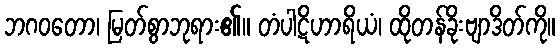
ဘဂဝတော၊ မြတ်စွာဘုရား၏။ တံပါဋိဟာရိယံ၊ ထိုတန်ခိုးဗျာဒိတ်ကို။